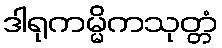
ဒါရုကမ္မိကသုတ္တံ